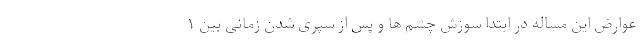
عوارض این مساله در ابتدا سوزش چشم ها و پس از سپری شدن زمانی بین ۱